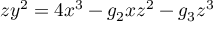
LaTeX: z y ^ { 2 } = 4 x ^ { 3 } - g _ { 2 } x z ^ { 2 } - g _ { 3 } z ^ { 3 }